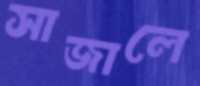
সাজালে